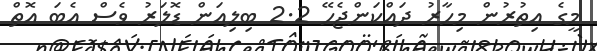
މީގެ އިތުރުން މިހާރު ދައްކަންޖެހޭ 2.2 ބިލިއަން ޑޮލަރު ވެސް އެބަ އޮތް